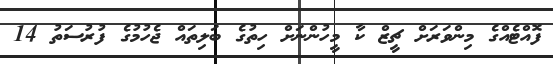
ފޮއްޓެއްގެ މިންވަރަށް ޗީޒް ކާ މީހުންނަށް ހިތުގެ ބަލިތައް ޖެހުމުގެ ފުރުސަތު 14